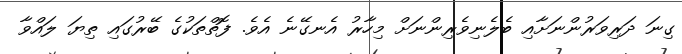
ގިނަ ދަރިވަރުންނަށާއި ބެލެނިވެރިންނަށް މިހާރު އެނގޭނެ އެވެ. ފޮތްތަކުގެ ބޭރުގައި ތިޔަ ލައްވާ